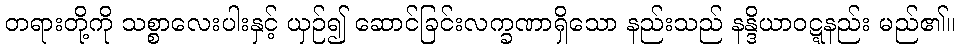
တရားတို့ကို သစ္စာလေးပါးနှင့် ယှဉ်၍ ဆောင်ခြင်းလက္ခဏာရှိသော နည်းသည် နန္ဒိယာဝဋ္ဋနည်း မည်၏။